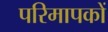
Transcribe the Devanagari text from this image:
परिमापकों